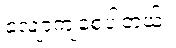
လျော့ကျစေပါတယ်။